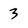
Character: 3